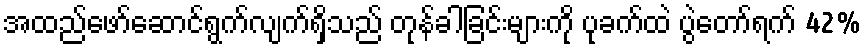
အထည်ဖော်ဆောင်ရွက်လျက်ရှိသည် တုန်ခါခြင်းများကို ပုခက်ထဲ ပွဲတော်ရက် 42%